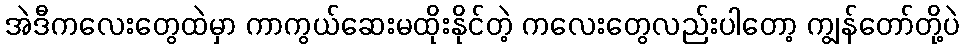
အဲဒီကလေးတွေထဲမှာ ကာကွယ်ဆေးမထိုးနိုင်တဲ့ ကလေးတွေလည်းပါတော့ ကျွန်တော်တို့ပဲ